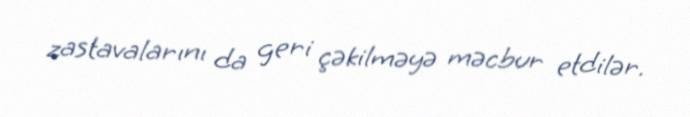
zastavalarını da geri çəkilməyə məcbur etdilər.